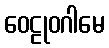
ဝေဠုဝဂါမေ